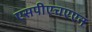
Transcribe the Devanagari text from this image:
एसपीएचएएन